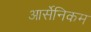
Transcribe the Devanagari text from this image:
आर्सेनिकम